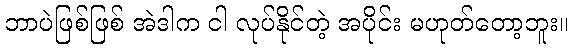
ဘာပဲဖြစ်ဖြစ် အဲဒါက ငါ လုပ်နိုင်တဲ့ အပိုင်း မဟုတ်တော့ဘူး။